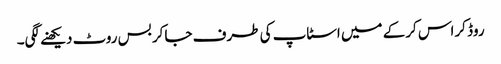
روڈ کراس کرکے میں اسٹاپ کی طرف جاکر بس روٹ دیکھنے لگی۔